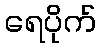
ရေပိုက်